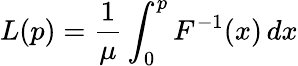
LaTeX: L(p)=\frac{1}{\mu}\int_{0}^{p}F^{-1}(x)\, dx